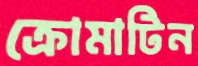
ক্রোমাটিন